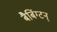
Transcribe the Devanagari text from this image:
बैबिंग्टन्